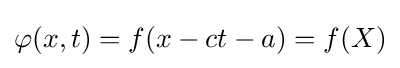
\varphi (x,t)=f(x-ct-a)=f(X)